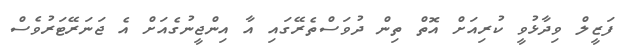
ފަޒީލް ވިދާޅުވީ ކުރިއަށް އޮތް ތިން ދުވަސްތެރޭގައި އާ އިންޖީނުގެއަށް އެ ޖަނަރޭޓަރުވެސް